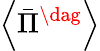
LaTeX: \left\langle{{{\bar{\Pi}}^{\dag}}}\right\rangle